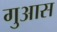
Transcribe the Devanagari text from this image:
गुआस